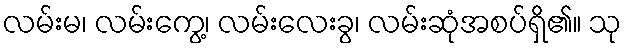
လမ်းမ၊ လမ်းကွေ့၊ လမ်းလေးခွ၊ လမ်းဆုံအစပ်ရှိ၏။ သု